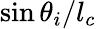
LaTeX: \sin\theta_{i}/l_{c}